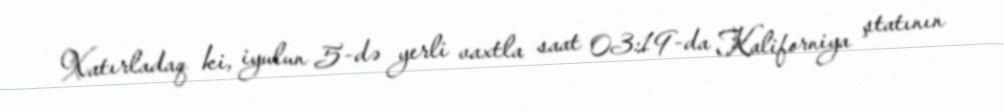
Xatırladaq ki, iyulun 5-də yerli vaxtla saat 03:19-da Kaliforniya ştatının